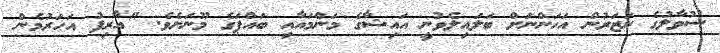
ސުވާލުގެ ނަޒަރުން އަހަންނަށް ބަލައިލެވުނީ އައިޝާގެ މަންމައާއި ބައްޕަގެ މޫނަށެވެ. "އާރިފު އަހަރުމެން